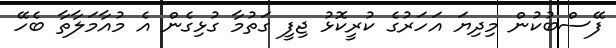
ފޭސްބުކުން މިދިޔަ އަހަރުގެ ކުރީކޮޅު ޖިފީ ގަތުމާ ގުޅިގެން އެ މުއާމަލާތާ ބެހޭ